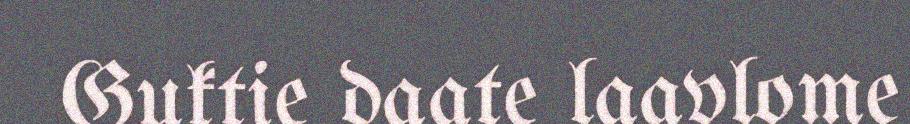
Guktie daate laavlome